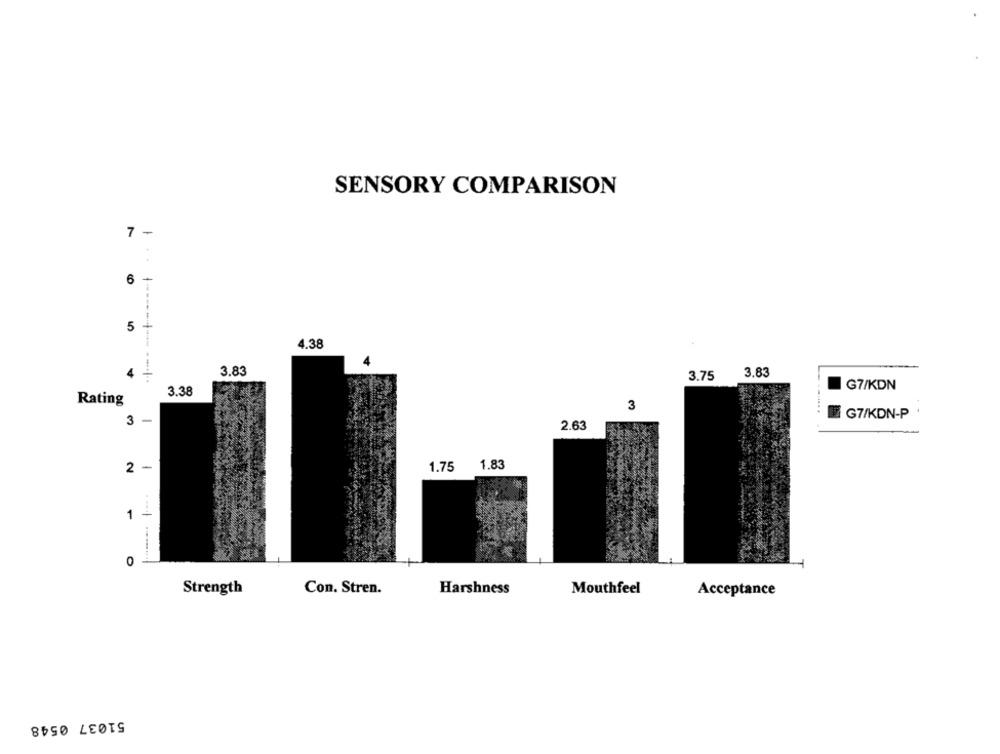
SENSORY COMPARISON
7 -
6
+
5
4.38
4
3.83
3.75
3.83
G7/KDN
3.38
Rating
3
...... .
G7/KDN-P
3
-
2.63
-
1.75
1.83
1
1
........
0
Mouthfeel
Strength
Con. Stren.
Harshness
Acceptance
51037 0548